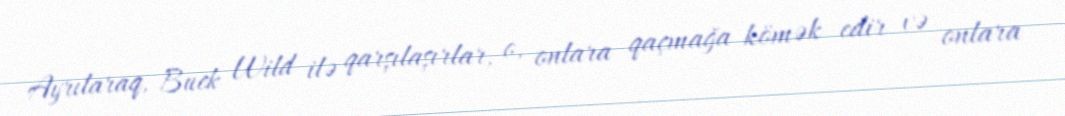
Ayrılaraq, Buck Wild ilə qarşılaşırlar, o, onlara qaçmağa kömək edir və onlara